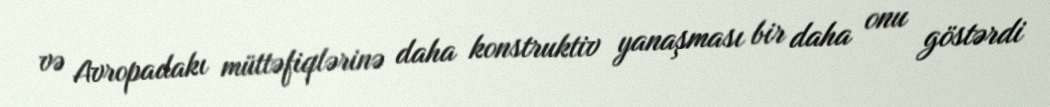
və Avropadakı müttəfiqlərinə daha konstruktiv yanaşması bir daha onu göstərdi